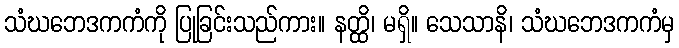
သံဃဘေဒကကံကို ပြုခြင်းသည်ကား။ နတ္ထိ၊ မရှိ။ သေသာနိ၊ သံဃဘေဒကကံမှ